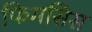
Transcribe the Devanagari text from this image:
फिमसिस